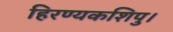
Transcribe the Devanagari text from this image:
हिरण्यकशिपु।